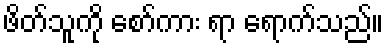
ဖိတ်သူကို စော်ကား ရာ ရောက်သည်။